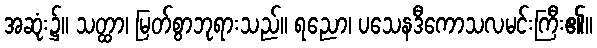
အဆုံး၌။ သတ္ထာ၊ မြတ်စွာဘုရားသည်။ ရညော၊ ပသေနဒီကောသလမင်းကြီး၏။